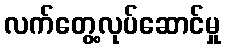
လက်တွေ့လုပ်ဆောင်မှု